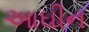
આઘીન